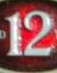
12